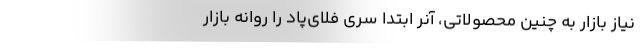
نیاز بازار به چنین محصولاتی، آنر ابتدا سری فلای‌پاد را روانه بازار